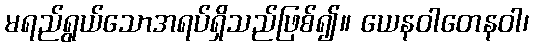
မရည်ရွယ်သောအရပ်ရှိသည်ဖြစ်၍။ ယေနဝါတေနဝါ၊